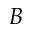
B